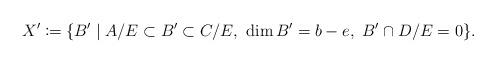
LaTeX: \begin{align*}X'\coloneqq \{B' \mid A/E \subset B' \subset C/E,\ \dim B' = b-e,\ B'\cap D/E = 0 \}.\end{align*}